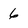
Character: 6